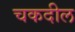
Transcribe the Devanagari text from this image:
चकदील